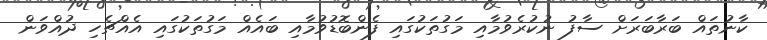
ކާނުތައް ބަރާބަރަށް ސާފު ނުކުރެވުމާއި މަގުތަކުގައި ފެންބޮޑުވުމާއި ބައެއް މަގުތަކުގައި އެއްޗެހި ދުއްވަން